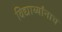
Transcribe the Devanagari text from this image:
विद्यार्थ्यांनाच